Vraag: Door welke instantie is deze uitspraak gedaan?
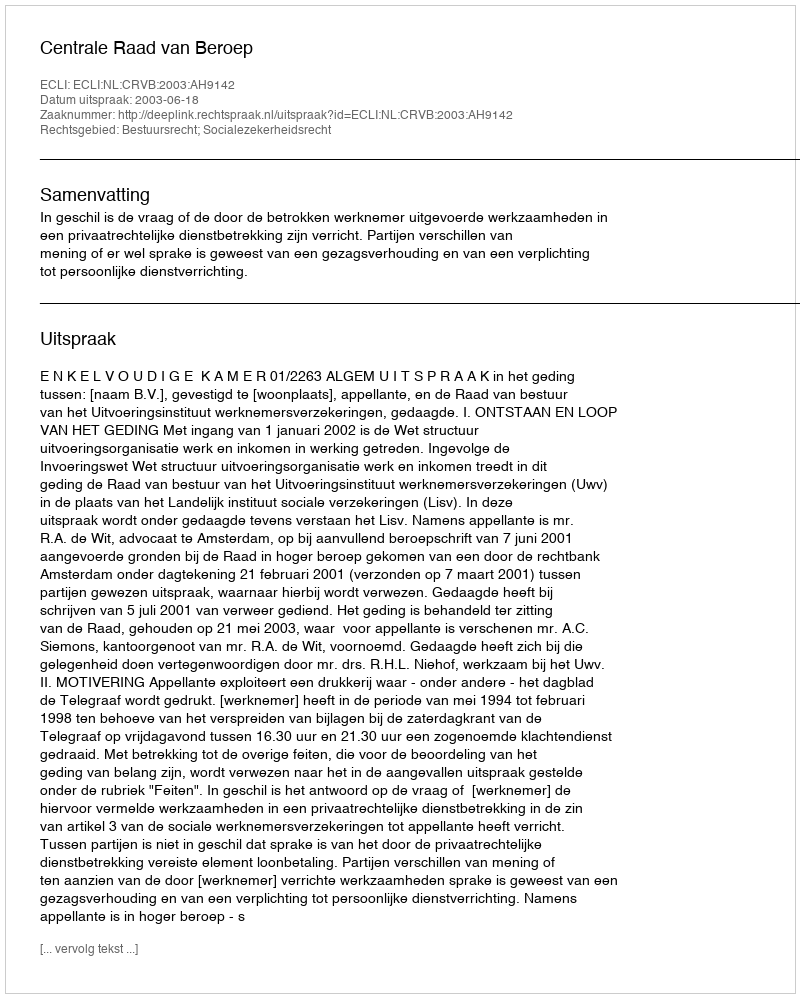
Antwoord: Centrale Raad van Beroep